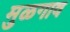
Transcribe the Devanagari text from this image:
मुळगाव